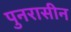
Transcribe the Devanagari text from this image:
पुनरासीन